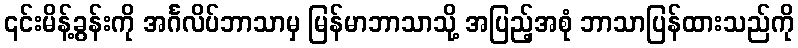
၎င်းမိန့်ခွန်းကို အင်္ဂလိပ်ဘာသာမှ မြန်မာဘာသာသို့ အပြည့်အစုံ ဘာသာပြန်ထားသည်ကို